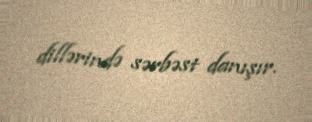
dillərində sərbəst danışır.